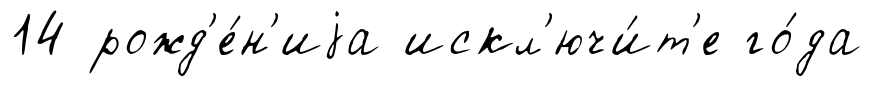
14 рожд'е́н'иjа искл'ючи́т'е го́да